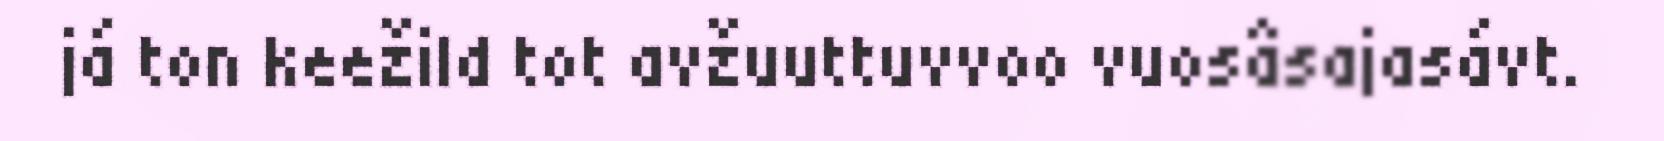
já ton keežild tot avžuuttuvvoo vuosâsajasávt.